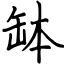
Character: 缽